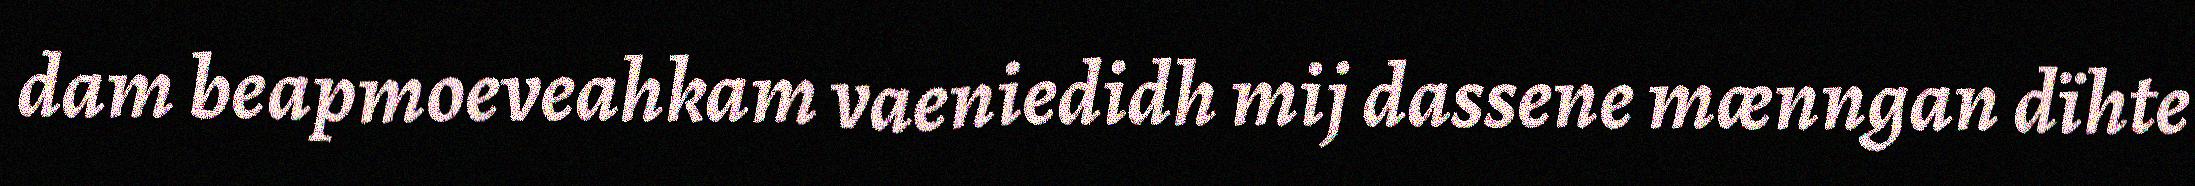
dam beapmoeveahkam vaeniedidh mij dassene mænngan dïhte